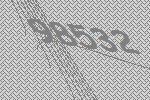
98532